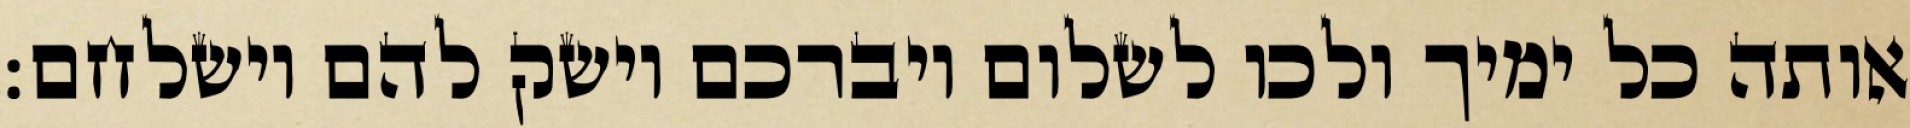
אותה כל ימיך ולכו לשלום ויברכם וישק להם וישלחם: